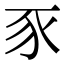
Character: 豕